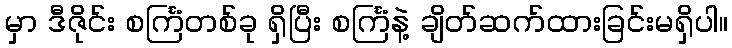
မှာ ဒီဇိုင်း စင်္ကြံတစ်ခု ရှိပြီး စင်္ကြံနဲ့ ချိတ်ဆက်ထားခြင်းမရှိပါ။